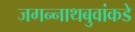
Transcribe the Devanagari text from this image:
जगन्नाथबुवांकडे